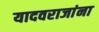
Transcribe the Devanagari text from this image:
यादवराजांना